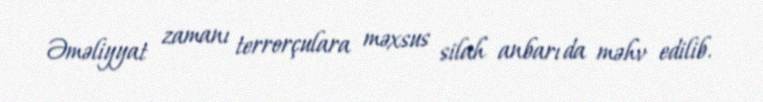
Əməliyyat zamanı terrorçulara məxsus silah anbarı da məhv edilib.